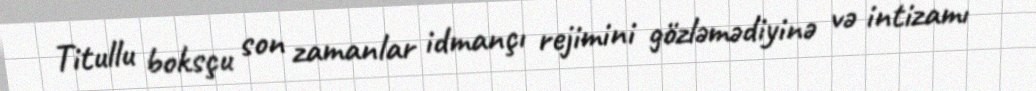
Titullu boksçu son zamanlar idmançı rejimini gözləmədiyinə və intizamı